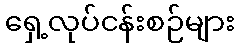
ရှေ့လုပ်ငန်းစဉ်များ